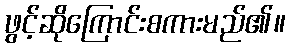
ဖွင့်ဆိုကြောင်းစကားမည်၏။